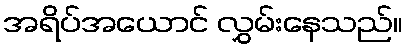
အရိပ်အယောင် လွှမ်းနေသည်။